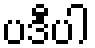
ပဒီပါ